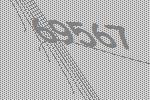
69567